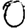
Digit: 0